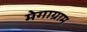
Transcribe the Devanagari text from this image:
मेगाग्राम